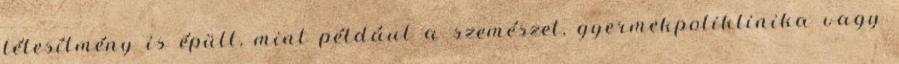
létesítmény is épült, mint például a szemészet, gyermekpoliklinika vagy